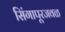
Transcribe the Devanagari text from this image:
सिंगापूरजवळ